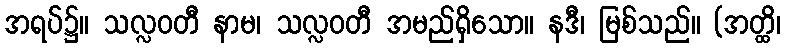
အရပ်၌။ သလ္လဝတီ နာမ၊ သလ္လဝတီ အမည်ရှိသော။ နဒီ၊ မြစ်သည်။ (အတ္ထိ၊